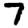
Digit: 7